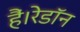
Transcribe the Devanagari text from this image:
हैं।रेडॉन